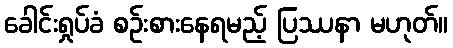
ခေါင်းရှုပ်ခံ စဉ်းစားနေရမည့် ပြဿနာ မဟုတ်။